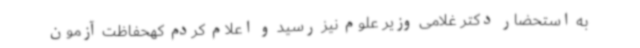
به استحضار دکتر غلامی وزیر علوم نیز رسید و اعلام کردم کهحفاظت آزمون